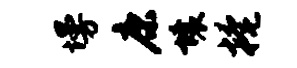
墁康壤掩